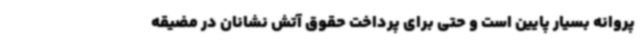
پروانه بسیار پایین است و حتی برای پرداخت حقوق آتش نشانان در مضیقه